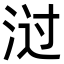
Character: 㳡